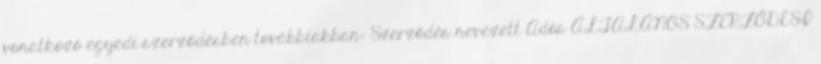
vonatkozó egyedi szerződésben továbbiakban: Szerződés nevezett Adós ÁLTALÁNOS SZERZŐDÉSI